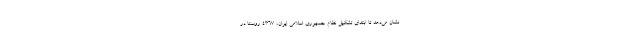
نشان می‌دهد تا ابتدای تشکیل نظام جمهوری اسلامی ایران، ۴۳۶۷ روستا در